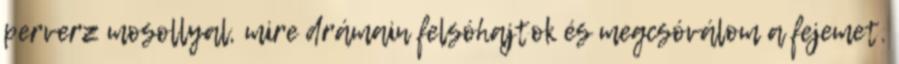
perverz mosollyal, mire drámain felsóhajtok és megcsóválom a fejemet.